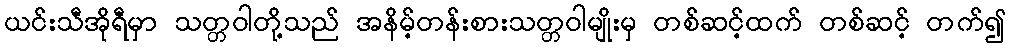
ယင်းသီအိုရီမှာ သတ္တဝါတို့သည် အနိမ့်တန်းစားသတ္တဝါမျိုးမှ တစ်ဆင့်ထက် တစ်ဆင့် တက်၍